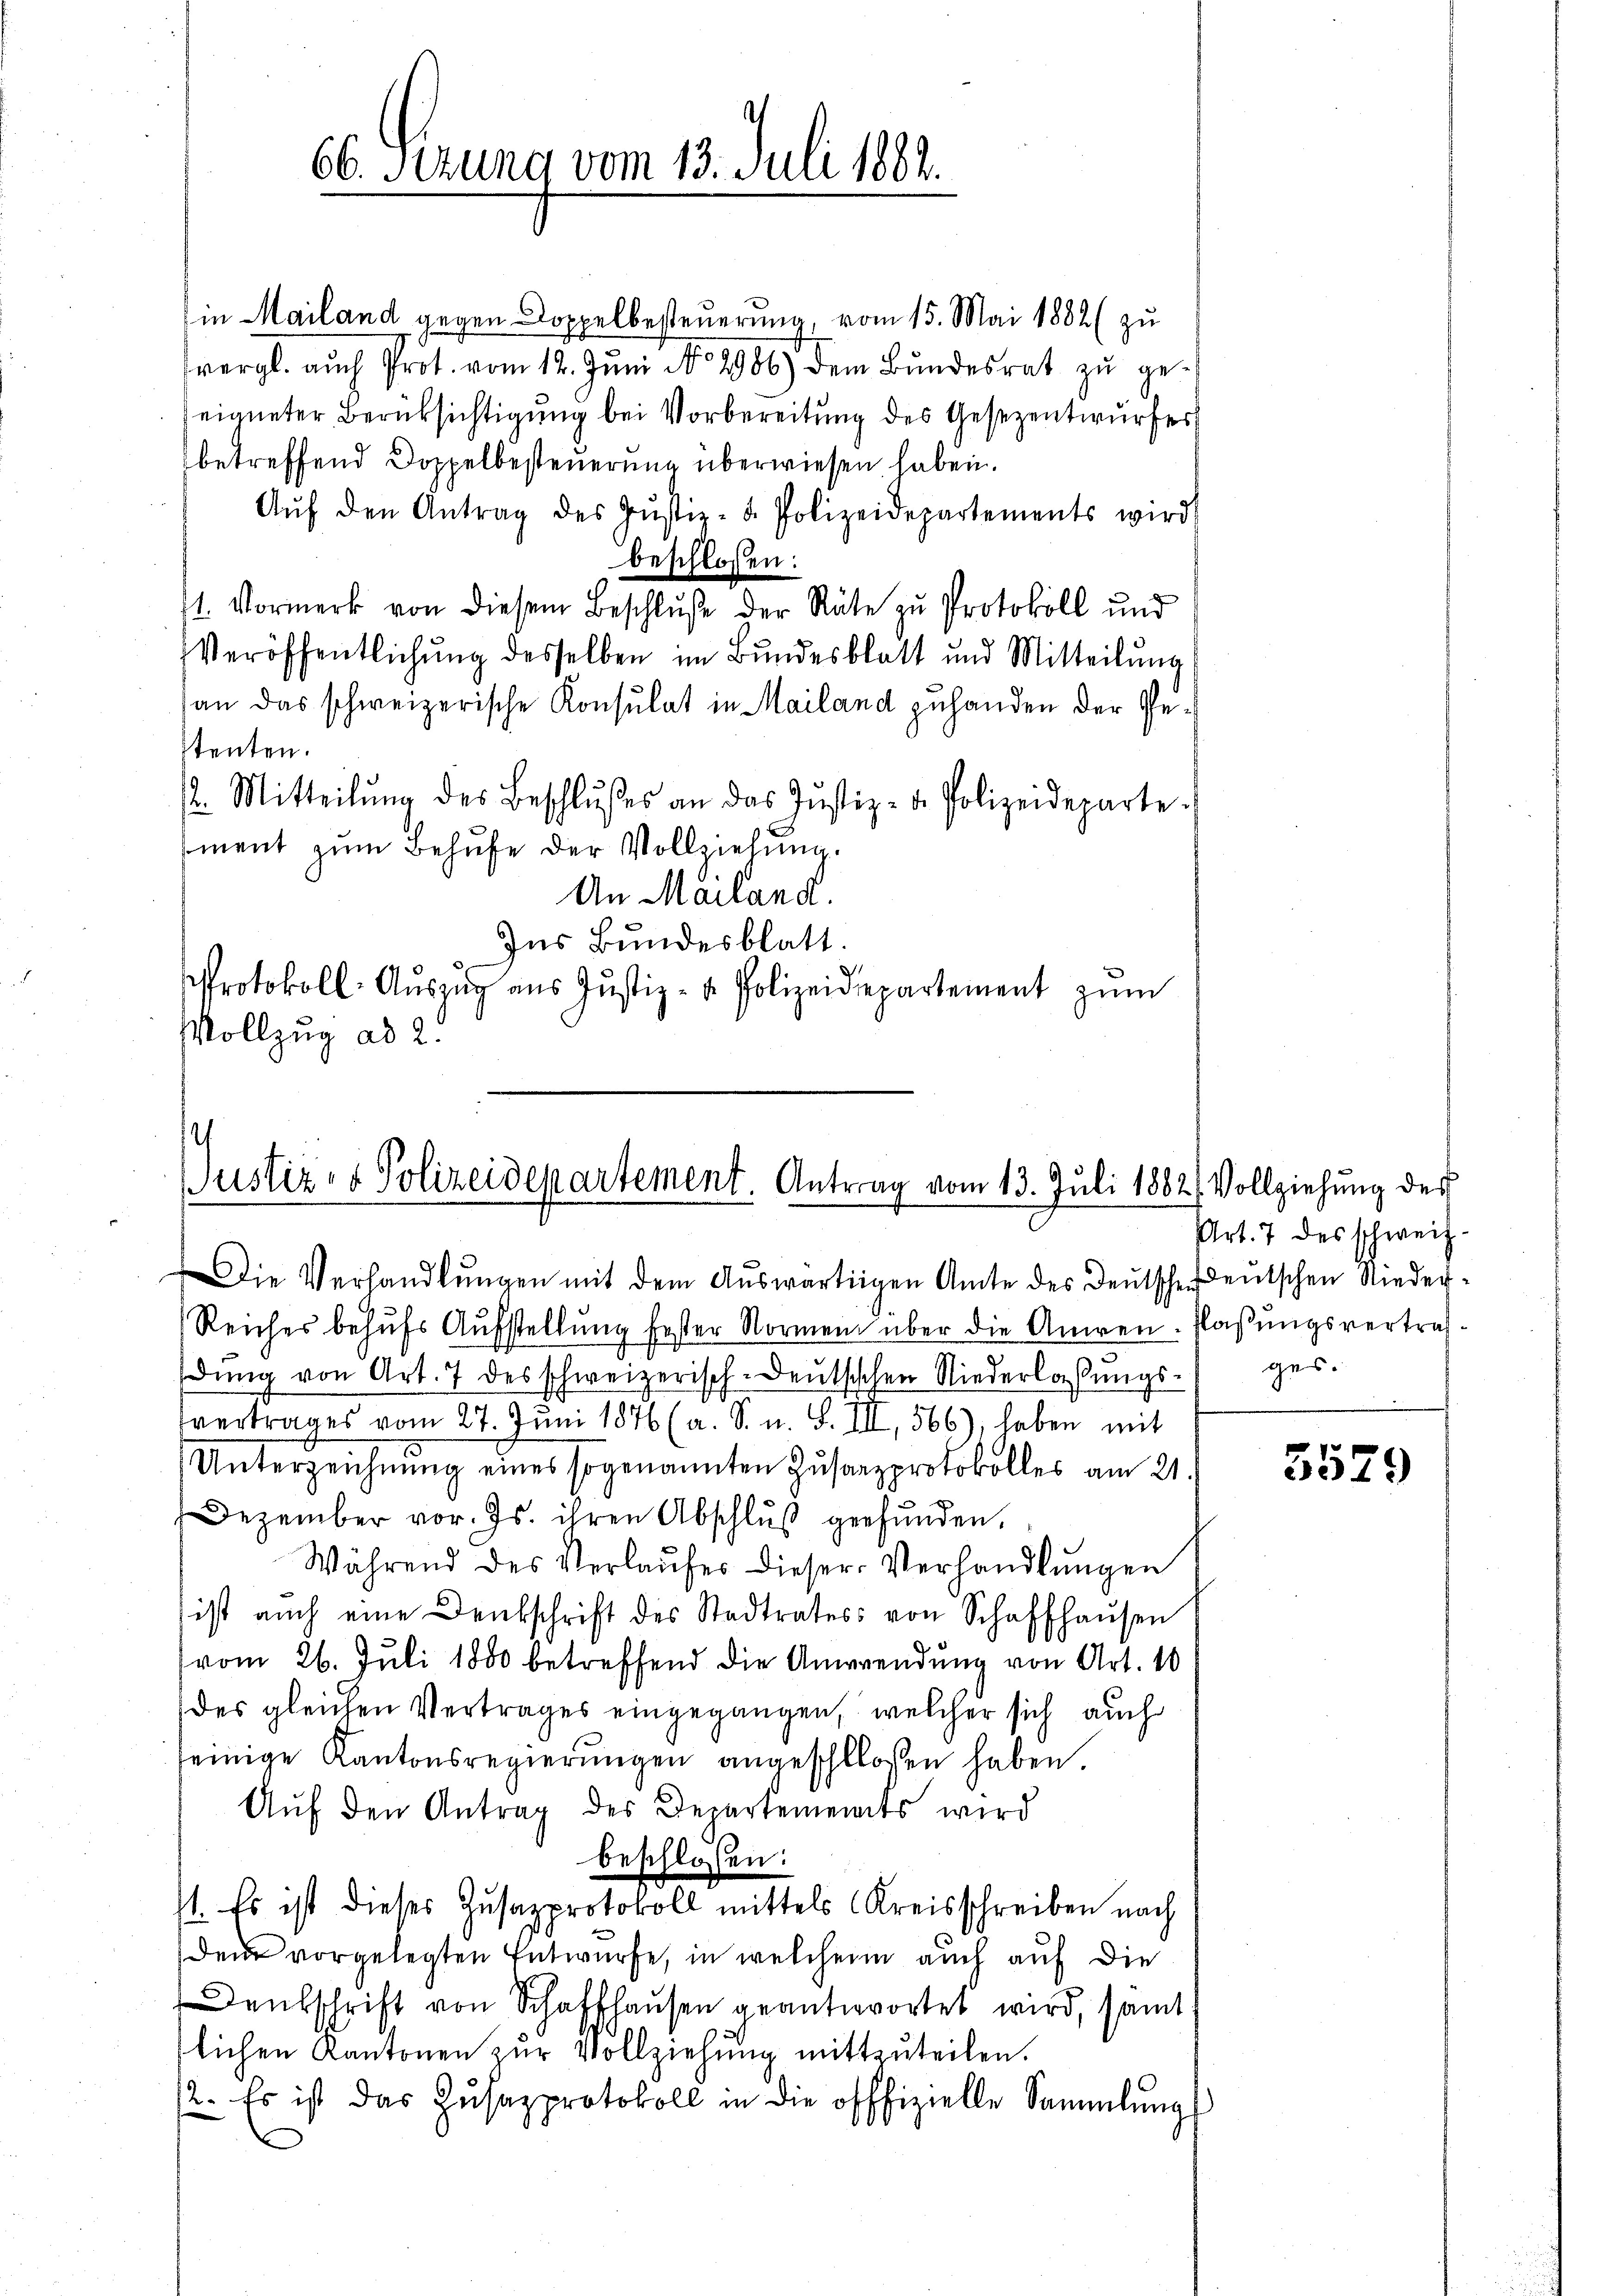
66. Ferung vom 13. Juli 1882.

in Mailand gegen Doppelbesteuerung, vom 15. Mai 1882 (zu
vergl. auch Prot. vom 12. Jŭni No 2906) dem Bŭndesrat zŭ geeigneter Berüksichtigung bei Vorbereitung des Gesezentwurfer
betreffend Doppelbesteuerung überwiesen haben.
Aŭf den Antrag des Jŭstiz- u. Polizeidepartements wird
beschlossen:
1. Vormerk von diesem Beschluße der Räte zu Protokoll und
Veröffentlichung desselben im Bundesblatt und Mitteilŭng
an das schweizerische Konsulat in Mailand zuhanden der Gestenten.
2. Mitteilŭng des Beschlŭsses an das Justiz- u. Polizeideparte.
ment zum Behufe der Vollziehung.
An Mailand.
Ins Bundesblatt.
Protokoll- Auszug aus Justiz- u. Polizeidepartement zum
Vollzug ad 2.

Justiz- & Polizeidepartement. Antrag vom 13. Juli 1882 Vollziehung des

Die Verhandlŭngen mit dem Auswärtigen Amte des Deutsche Deutschen Nieder¬
Reiches behufs Aufstellung fester Normen über die Aniren. Flaßungsvertrafdŭng von Art. 7 des schweizerisch-deŭtsischen Niederlassŭngs- ges.
vertrages vom 27. Juni 1876 (a. S. u. S. III, 566), haben mit
Unterzeichnŭng eines sogenannten Zŭsanzprotokolles am 21.
Dezember vor. Js. ihren Abschlŭβ gefunden.
Während des Verlaŭfer dieser Verhandlŭngen
ist auch eine Denkschrift des Stadtrates von Schaffhaŭsen
(vom 26. Juli 1800 betreffend die Anwendung von Art. 10
des gleichen Vertrages eingegangen, welcher sich auch
seinige Kantonsregierŭngen angeschlossen haben.
Aŭf den Antrag des Departements wird
beschloßen:
11. Es ist dieses Zusazprotokoll mittels (Kreisschreiben nach
Den vorgelegten Entwurfe, in welchen auch auf die
Denkschrift von Schaffhausen geantwortet wird, samt
lichen Kantonen zŭr Vollziehŭng mitzŭteilen.
2. Es ist das Zŭsazprotokoll in die offfizielle Sammlung

Art. 7 des schweiz.

3529